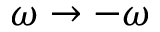
\omega \rightarrow - \omega